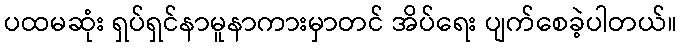
ပထမဆုံး ရှပ်ရှင်နာမူနာကားမှာတင် အိပ်ရေး ပျက်စေခဲ့ပါတယ်။